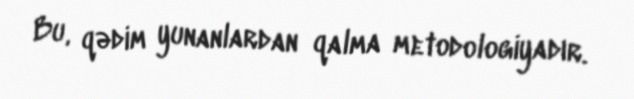
Bu, qədim yunanlardan qalma metodologiyadır.